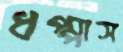
ধপ্পাস